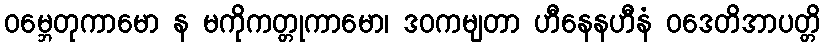
ဝမ္ဘေတုကာမော န မကိုကတ္တုကာမော၊ ဒဝကမျတာ ဟီနေနဟီနံ ဝဒေတိအာပတ္တိ